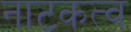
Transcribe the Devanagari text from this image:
नाटकत्व